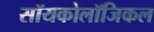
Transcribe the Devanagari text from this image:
सॉयकोलॉजिकल